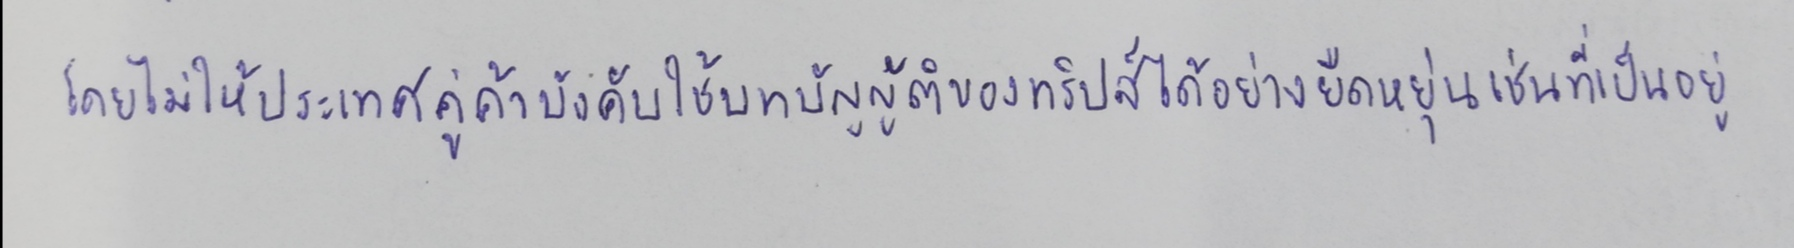
โดยไม่ให้ประเทศคู่ค้าบังคับใช้บทบัญญัติของทริปส์ได้อย่างยืดหยุ่นเช่นที่เป็นอยู่